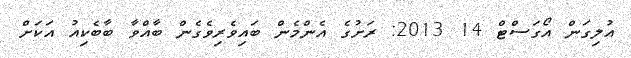
އުލިގަން އޯގަސްޓް 14 2013: ރަށުގެ އެންމެން ބައިވެރިވެގެން ބާއްވާ ބާބެކިއު އަކަށް